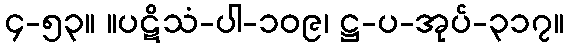
၄-၅၃။ ။ပဋိသံ-ပါ-၁၀၉၊ ဋ္ဌ-ပ-အုပ်-၃၁၇။